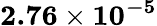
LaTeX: \mathbf{2.76\times 10^{-5}}